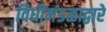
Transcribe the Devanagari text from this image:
विधीमंडळाद्वारे